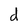
Character: d